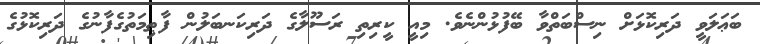
ބަޢަލަވީ ދަރިކޮޅަށް ނިސްބަތްވާ ބޭފުޅުންނެވެ. މިއީ ކީރިތި ރަސޫލާގެ ދަރިކަނބަލުން ފާޠިމަތުގެފާނުގެ ދަރިކޮޅުގެ